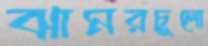
ঝামরচুলো